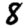
Digit: 8